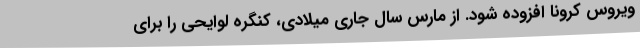
ویروس کرونا افزوده شود. از مارس سال جاری میلادی، کنگره لوایحی را برای